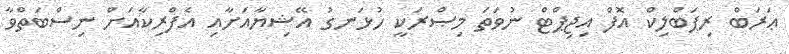
ޢަރަބް ރިޕަބްލިކް އޮފް އިޖިޕްޓް ނުވަތަ މިޞްރަކީ ހުޅަނގު އޭޝިޔާއަށާއި އެފްރިކާއަށް ނިސްބަތްވާ